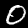
Digit: 0